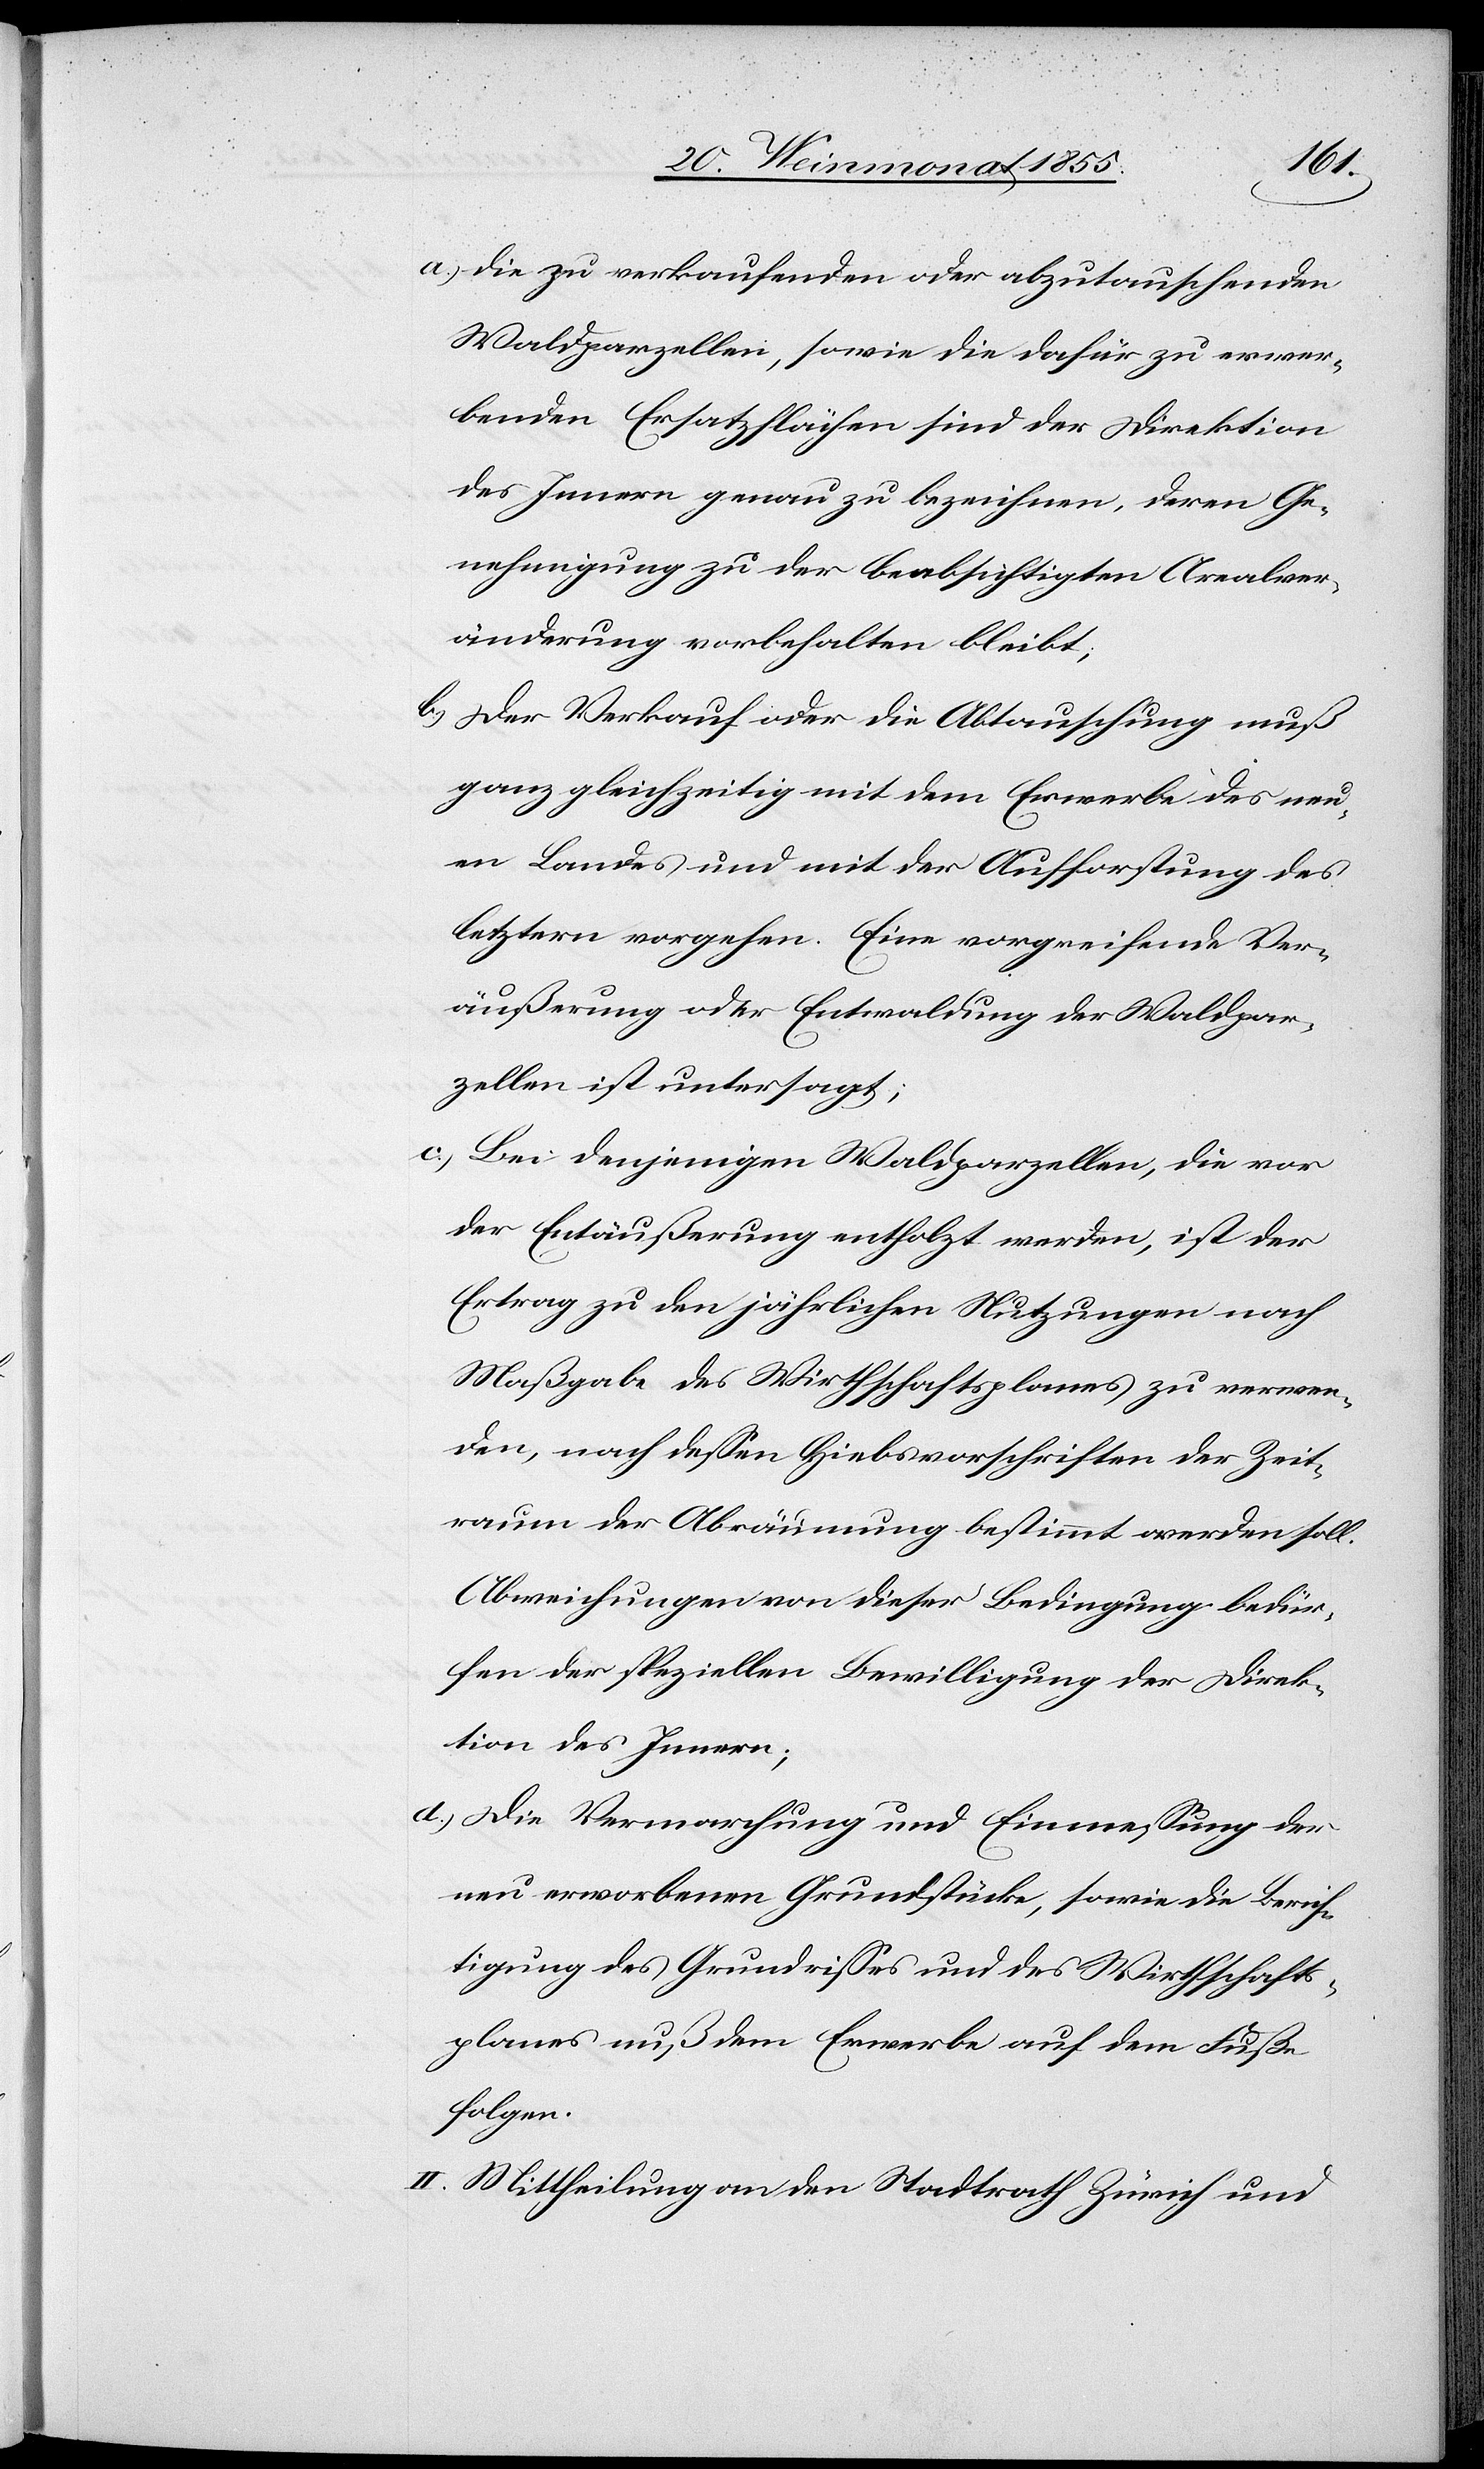
a.)
Die zu verkaufenden oder abzutauschenden
Waldparzellen, sowie die dafür zu erwer¬
benden Ersatzflächen sind der Direktion
des Innern genau zu bezeichnen, deren Ge¬
nehmigung zu der beabsichtigten Arealver¬
änderung vorbehalten bleibt;
Der Verkauf oder die Abtauschung muß
ganz gleichzeitig mit dem Erwerbe des neu¬
en Landes und mit der Aufforstung des
letztern vorgehen. Eine vorgreifende Ver¬
äußerung oder Entwaldung der Waldpar¬
zellen ist untersagt;
Bei denjenigen Waldparzellen, die vor
der Entäußerung entholzt werden, ist der
Ertrag zu den jährlichen Nutzungen nach
Maßgabe des Wirthschaftsplanes zu verwen¬
den, nach dessen Hiebsvorschriften der Zeit¬
raum der Abräumung bestimmt werden soll.
Abweichungen von dieser Bedingung bedür¬
fen der speziellen Bewilligung der Direk¬
tion des Innern;
Die Vermarchung und Einmessung der
neu erworbenen Grundstücke, sowie die Berich¬
tigung des Grundrisses und des Wirthschafts¬
planes muß dem Erwerbe auf dem Fuße
folgen.
II. Mittheilung an den Stadtrath Zürich und